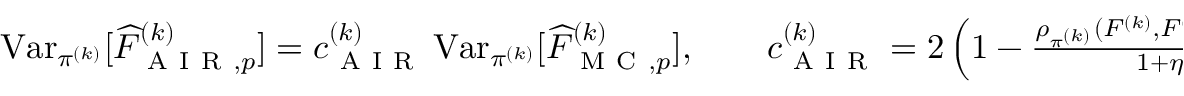
\begin{array} { r } { \operatorname { V a r } _ { \pi ^ { ( k ) } } [ \widehat { F } _ { \mathrm { ~ A ~ I ~ R ~ } , p } ^ { ( k ) } ] = c _ { \mathrm { ~ A ~ I ~ R ~ } } ^ { ( k ) } \operatorname { V a r } _ { \pi ^ { ( k ) } } [ \widehat { F } _ { \mathrm { ~ M ~ C ~ } , p } ^ { ( k ) } ] , \qquad c _ { \mathrm { ~ A ~ I ~ R ~ } } ^ { ( k ) } = 2 \left( 1 - \frac { \rho _ { \pi ^ { ( k ) } } ( F ^ { ( k ) } , F ^ { ( k - 1 ) } W _ { k } ) ^ { 2 } } { 1 + \eta _ { k } } \right) } \end{array}